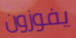
يفوزون